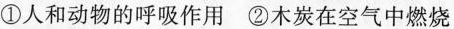
①人和动物的呼吸作用 ②木炭在空气中燃烧